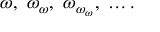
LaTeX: \omega , \ \omega _ { \omega } , \ \omega _ { \omega _ { \omega } } , \ \ldots .